Annual report on the working of the mental hospitals in the Madras Presidency - 1912-1932
Year: 1912
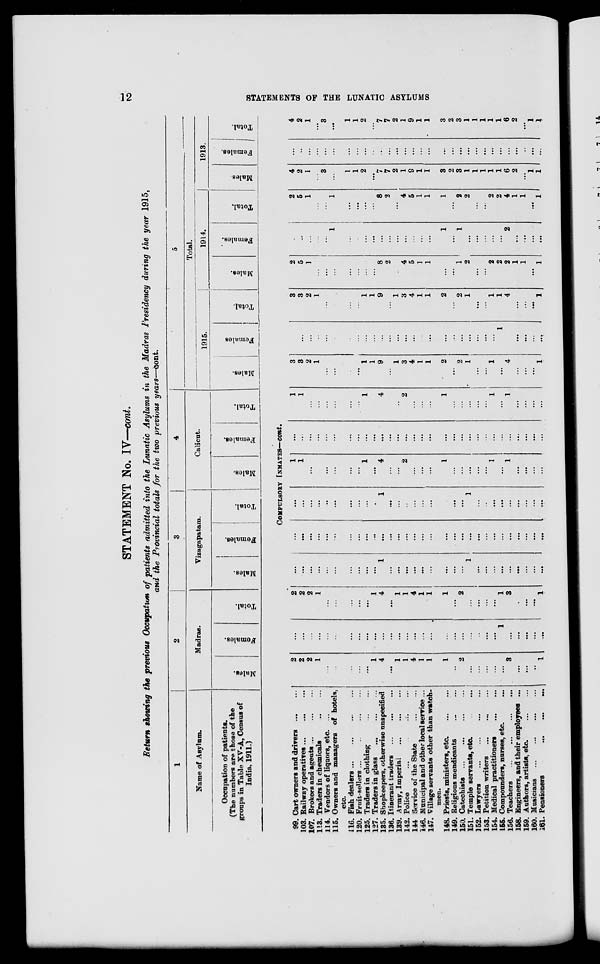
12
STATEMENTS OF THE LUNATIC ASYLUMS
STATEMENT No. IV—cont.
Return showing the previous Occupation of patients admitted into the Lunatic Asylums in the Madras Presidency during the year 1915,
and the Provincial totals for the two previous years—cont.
1
Name of Asylum.
Occupation of patients.
(The numbers are those of the
groups in Table XV-A, Census of
India, 1911.)
2
Madras.
Males.
Females.
Total.
3
Vizagapatam.
Males.
Females.
Total.
4
Calicut.
Males.
Females.
Total.
5
Total.
1915.
Males.
Females
Total.
1914.
Males.
Females.
Total.
1913.
Males
Females.
Total.
COMPULSORY INMATES—cont.
99. Cart owners and drivers
...
...
103. Railway operatives
...
...
...
107. Brokers and agents ... ... ...
113. Traders in chemicals
...
...
114. Vendors of liquors, etc. ...
115. Owners and managers of hotels,
etc.
116. Fish dealers
...
...
...
...
120. Fruit-sellers ...
...
...
...
125. Traders in clothing
...
...
127. Traders in glass
...
...
...
135. Shopkeepers, otherwise unspecified
136. Itinerant traders
...
...
...
139. Army, Imperial ... ... ...
142. Police ... ... ... ...
144. Service of the State
...
...
146. Municipal and other local service ...
147. Village servants other than watch-
men.
148. Priests, ministers, etc.
...
...
149. Religious mendicants ... ...
150. Catechists ... ... ... ...
151. Temple servants, etc. ... ...
152. Lawyers
...
... ... ...
153. Petition writers
...
...
...
154. Medical practitioners
...
...
155. Compounders, nurses, etc. ...
156. Teachers
...
...
...
...
158. Engineers, and their employees ...
159. Authors, artists, etc.
...
...
160. Musicians
...
...
...
...
161. Pensioners
...
...
...
2
2
2
1
...
...
...
...
...
1
4
...
1
1
4
1
1
1
...
2
...
...
...
...
...
3
...
...
...
1
...
...
...
...
...
...
...
...
...
...
...
...
...
...
...
...
...
...
...
...
...
...
...
...
1
...
...
...
...
...
2
2
2
1
...
...
...
...
...
1
4
...
1
1
4
1
1
1
...
2
...
...
...
...
1
3
...
...
...
1
...
...
...
...
...
...
...
...
...
...
1
...
...
...
...
...
...
...
...
...
1
...
...
...
...
...
...
...
...
...
...
...
...
...
...
...
...
...
...
...
...
...
...
...
...
...
...
...
...
...
...
...
...
...
...
...
...
...
...
...
...
...
...
...
...
...
...
...
...
...
1
...
...
...
...
...
...
...
...
...
1
...
...
...
...
...
...
...
...
...
1
1
...
...
...
...
...
...
1
...
4
...
...
2
...
...
...
1
...
...
...
...
...
1
...
1
...
...
...
...
...
...
...
...
...
...
...
...
...
...
...
...
...
...
...
...
...
...
...
...
...
...
...
...
...
...
...
...
...
...
1
1
...
...
...
...
...
...
1
...
4
...
...
2
...
...
...
1
...
...
...
...
...
1
...
1
...
...
...
...
3
3
2
1
...
...
...
...
1
1
9
...
1
3
4
1
1
2
...
2
1
...
...
1
...
4
...
...
...
1
...
...
...
...
...
...
...
...
...
...
...
...
...
...
...
...
...
...
...
...
...
...
...
...
1
...
...
...
...
...
3
3
2
1
...
...
...
...
1
1
9
...
1
3
4
1
1
2
...
2
1
...
...
1
1
4
...
...
...
1
2
5
1
...
...
...
...
...
...
...
8
2
...
4
5
1
1
...
...
1
2
...
...
2
2
2
1
1
...
1
...
...
...
...
...
1
...
...
...
...
...
...
...
...
...
...
...
1
...
1
...
...
...
...
...
2
...
...
...
...
2
5
1
...
...
1
...
...
...
...
8
2
...
4
5
1
1
1
...
2
2
...
...
2
2
4
1
1
...
1
4
2
1
...
3
...
1
1
2
...
7
7
2
1
9
1
1
3
2
3
1
1
1
1
1
6
2
...
1
1
...
...
...
...
...
...
...
...
...
...
...
...
...
...
...
...
...
...
...
...
...
...
...
...
...
...
...
...
...
...
4
2
1
...
3
...
1
1
2
...
7
7
2
1
9
1
1
3
2
3
1
1
1
1
1
6
2
...
1
1